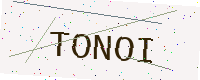
Text: TONOI